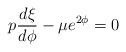
LaTeX: \begin{align*}p\frac{d\xi}{d\phi}-\mu e^{2\phi}=0 \end{align*}